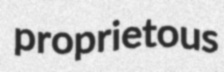
proprietous